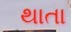
થાતા